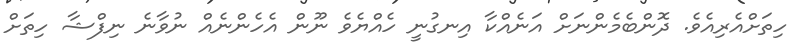
ހިތަށްއެރިއެވެ. ދޮންބެމެންނަށް އަނެއްކާ އިނގުނީ ހެއްޔެވެ ނޫން އެހެންނެއް ނުވާނެ ނިފްޝާ ހިތަށް